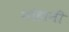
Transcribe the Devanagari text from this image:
नोहानी